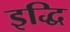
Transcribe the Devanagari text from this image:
इद्धि